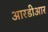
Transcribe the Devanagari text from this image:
आरडीआर